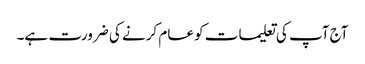
آج آپ کی تعلیمات کو عام کرنے کی ضرورت ہے۔